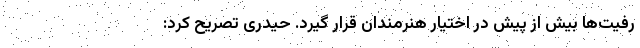
رفیت‌ها بیش از پیش در اختیار هنرمندان قرار گیرد. حیدری تصریح کرد: